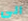
الى